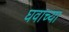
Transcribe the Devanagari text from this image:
घवाच्या